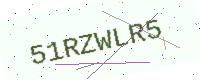
Text: 51RZWLR5